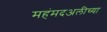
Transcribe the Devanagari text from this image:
महंमदअलीच्या